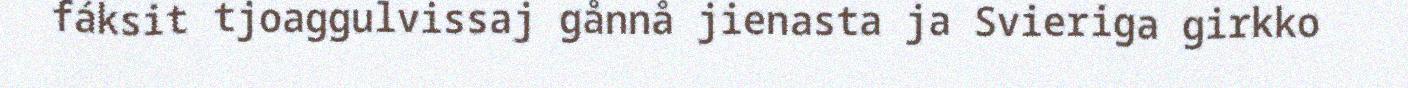
fáksit tjoaggulvissaj gånnå jienasta ja Svieriga girkko